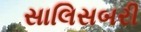
સાલિસબરી